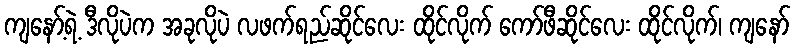
ကျနော့်ရဲ့ ဒီလိုပဲက အခုလိုပဲ လဖက်ရည်ဆိုင်လေး ထိုင်လိုက် ကော်ဖီဆိုင်လေး ထိုင်လိုက်၊ ကျနော်